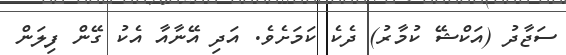
ސަޖާދު (އަކްޝޭ ކުމާރު) ދެކެ ކަމަށެވެ. އަދި އޭނާއާ އެކު ގޭން ފިލަން